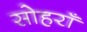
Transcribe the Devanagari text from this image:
सोहराँ